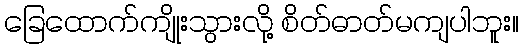
ခြေထောက်ကျိုးသွားလို့ စိတ်ဓာတ်မကျပါဘူး။